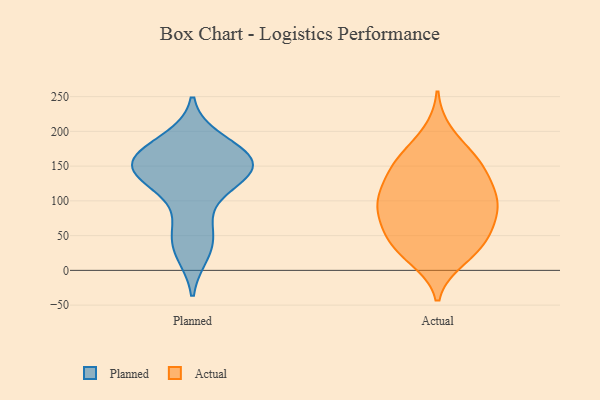
{"axis": {"x": "Customer Acquisition Cost (USD)", "y": "Value"}, "legend": ["Actual", "Planned"], "data": [{"x": "", "y": 163, "type": "Planned"}, {"x": "", "y": 126, "type": "Planned"}, {"x": "", "y": 171, "type": "Planned"}, {"x": "", "y": 70, "type": "Planned"}, {"x": "", "y": 25, "type": "Planned"}, {"x": "", "y": 149, "type": "Planned"}, {"x": "", "y": 162, "type": "Planned"}, {"x": "", "y": 41, "type": "Planned"}, {"x": "", "y": 144, "type": "Planned"}, {"x": "", "y": 146, "type": "Planned"}, {"x": "", "y": 187, "type": "Planned"}, {"x": "", "y": 126, "type": "Planned"}, {"x": "", "y": 120, "type": "Actual"}, {"x": "", "y": 23, "type": "Actual"}, {"x": "", "y": 156, "type": "Actual"}, {"x": "", "y": 92, "type": "Actual"}, {"x": "", "y": 138, "type": "Actual"}, {"x": "", "y": 165, "type": "Actual"}, {"x": "", "y": 79, "type": "Actual"}, {"x": "", "y": 145, "type": "Actual"}, {"x": "", "y": 91, "type": "Actual"}, {"x": "", "y": 106, "type": "Actual"}, {"x": "", "y": 158, "type": "Actual"}, {"x": "", "y": 55, "type": "Actual"}, {"x": "", "y": 197, "type": "Actual"}, {"x": "", "y": 102, "type": "Actual"}, {"x": "", "y": 103, "type": "Actual"}, {"x": "", "y": 34, "type": "Actual"}, {"x": "", "y": 37, "type": "Actual"}, {"x": "", "y": 69, "type": "Actual"}, {"x": "", "y": 17, "type": "Actual"}, {"x": "", "y": 52, "type": "Actual"}]}